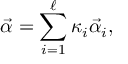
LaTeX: \vec { \alpha } = \sum _ { i = 1 } ^ { \ell } { \kappa } _ { i } \vec { \alpha } _ { i } ,